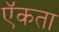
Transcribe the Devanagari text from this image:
ऍकता